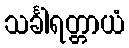
သင်္ခါရတ္တာယံ